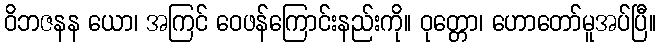
ဝိဘဇနန ယော၊ အကြင် ဝေဖန်ကြောင်းနည်းကို။ ဝုတ္တော၊ ဟောတော်မူအပ်ပြီ။